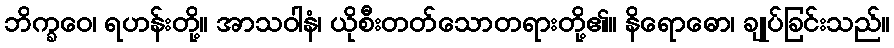
ဘိက္ခဝေ၊ ရဟန်းတို့။ အာသဝါနံ၊ ယိုစီးတတ်သောတရားတို့၏။ နိရောဓော၊ ချုပ်ခြင်းသည်။